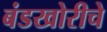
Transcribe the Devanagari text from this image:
बंडखोरीचे